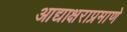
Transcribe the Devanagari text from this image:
आद्याक्षराप्रमाणे